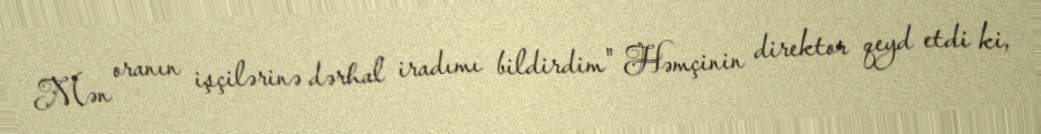
Mən oranın işçilərinə dərhal iradımı bildirdim" Həmçinin direktor qeyd etdi ki,